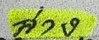
ล่าง